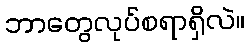
ဘာတွေလုပ်စရာရှိလဲ။